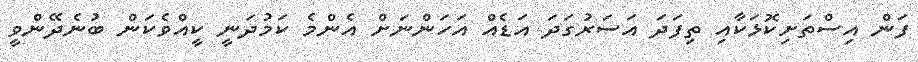
ފަން އިސްތަށިކޮޅަކާއި ތިފަދަ އަސަރުގަދަ އަޑެއް އަހަންނަށް އެންމެ ކަމުދަނީ ކީއްވެކަން ބުނެދޭންވީ